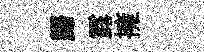
歸露擁